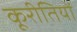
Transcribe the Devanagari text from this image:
कूरीतियों